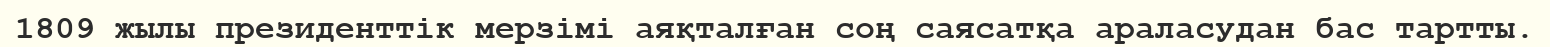
1809 жылы президенттік мерзімі аяқталған соң саясатқа араласудан бас тартты.